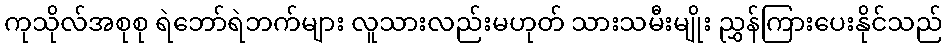
ကုသိုလ်အစုစု ရဲဘော်ရဲဘက်များ လူသားလည်းမဟုတ် သားသမီးမျိုး ညွှန်ကြားပေးနိုင်သည်